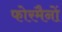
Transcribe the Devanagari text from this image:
फोरमैनाें